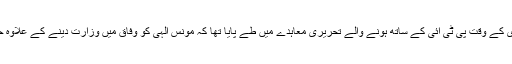
گزشتہ روز حلیفوں کے ساتھ ایک ملاقات میں انھوں نے گلہ کیا حکومت سازی کے وقت پی ٹی آئی کے ساتھ ہونے والے تحریری معاہدے میں طے پایا تھا کہ مونس الٰہی کو وفاق میں وزارت دینے کے علاوہ حلقوں کے لیے ترقیاتی فنڈز دیئے جائیں گے لیکن یہ وعدے پورے نہیں ہوئے۔